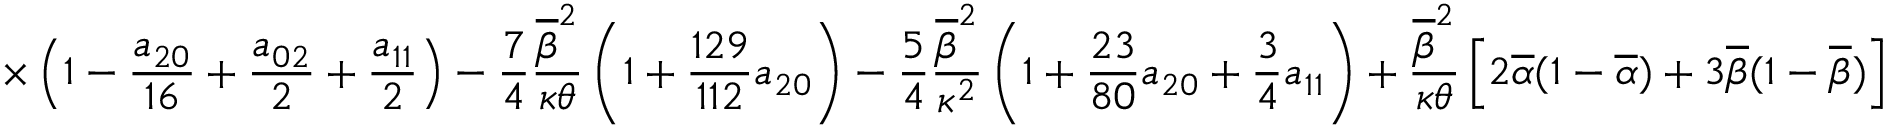
\displaystyle { \times \left( 1 - \frac { a _ { 2 0 } } { 1 6 } + \frac { a _ { 0 2 } } { 2 } + \frac { a _ { 1 1 } } { 2 } \right) - \frac { 7 } { 4 } \frac { \overline { { \beta } } ^ { 2 } } { \kappa \theta } \left( 1 + \frac { 1 2 9 } { 1 1 2 } a _ { 2 0 } \right) - \frac { 5 } { 4 } \frac { \overline { { \beta } } ^ { 2 } } { \kappa ^ { 2 } } \left( 1 + \frac { 2 3 } { 8 0 } a _ { 2 0 } + \frac { 3 } { 4 } a _ { 1 1 } \right) + \frac { \overline { { \beta } } ^ { 2 } } { \kappa \theta } \left[ 2 \overline { { \alpha } } ( 1 - \overline { { \alpha } } ) + 3 \overline { { \beta } } ( 1 - \overline { { \beta } } ) \right] }